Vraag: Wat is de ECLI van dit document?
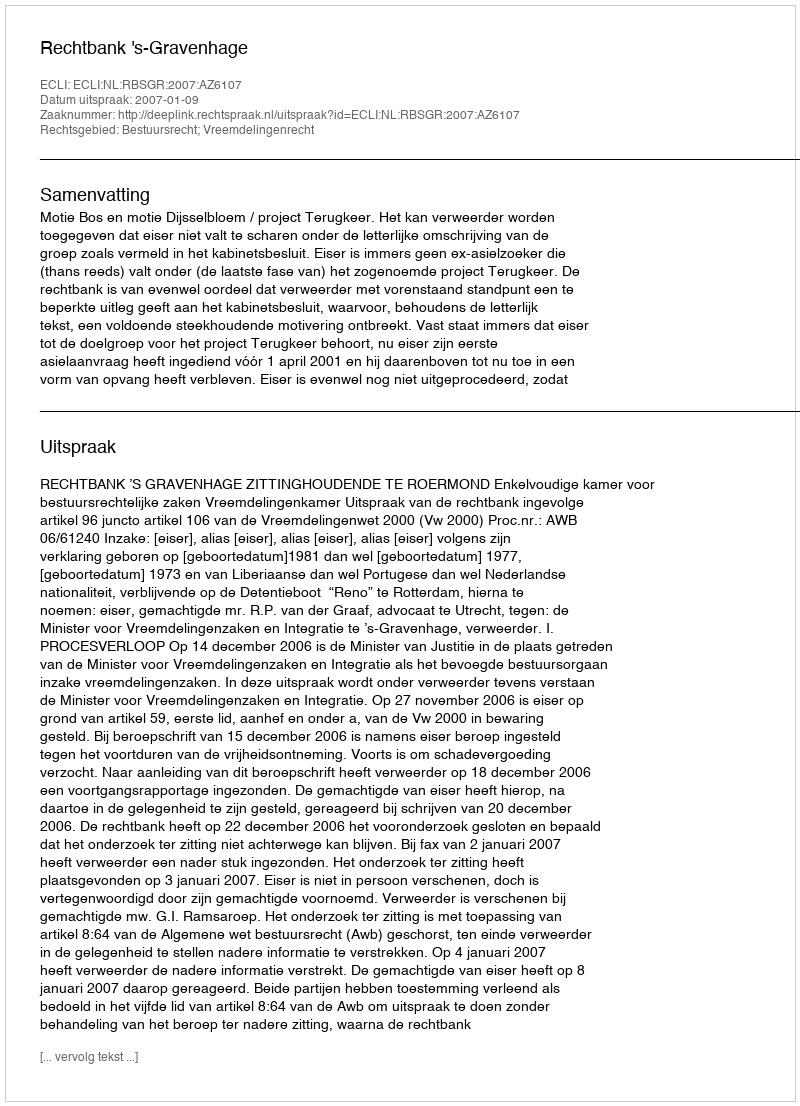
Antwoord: ECLI:NL:RBSGR:2007:AZ6107